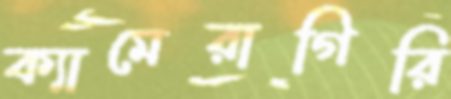
ক্যামেরাগিরি